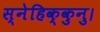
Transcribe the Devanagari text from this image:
स्नेहिक्कुनु।